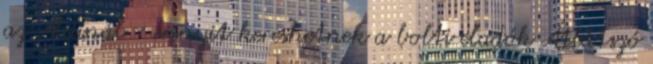
az Aldinál - ennyit kereshetnek a bolti eladók Átlátszó